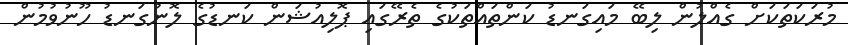
މުރަކަތަކަށް ގެއްލުން ލިބޭ މައިގަނޑު ކަންތައްތަކުގެ ތެރޭގައި ޕޮލިއުޝަން ކަނޑުގެ ލޮނުގަނޑު ހޫނުވުމުން